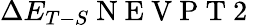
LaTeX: \Delta E_{T-S}\mathrm{~N~E~V~P~T~2~}